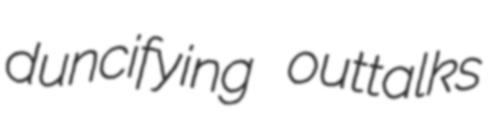
duncifying outtalks